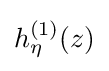
h_{\eta }^{(1)}(z)